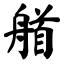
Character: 艏